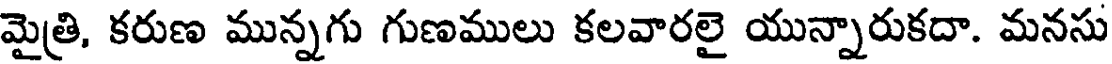
మైత్రి, కరుణ మున్నగు గుణములు కలవారలై యున్నారుకదా. మనసు